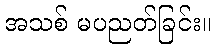
အသစ် မပညတ်ခြင်း။